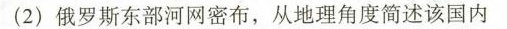
(2)俄罗斯东部河网密布，从地理角度简述该国内